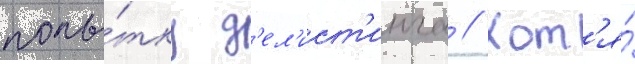
попы́тку д'ел'ист'инга // Хот'я́